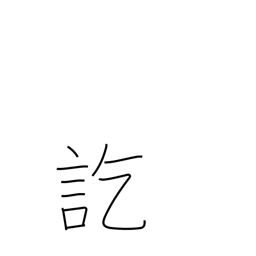
Meaning: finally